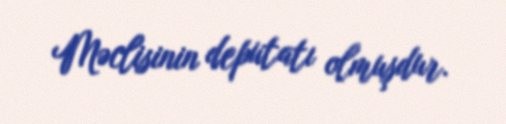
Məclisinin deputatı olmuşdur.